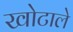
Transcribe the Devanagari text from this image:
खोटाले